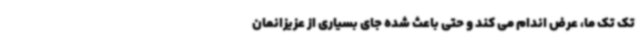
تک تک ما، عرض اندام می کند و حتی باعث شده جای بسیاری از عزیزانمان